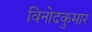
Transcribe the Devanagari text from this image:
विनोदकुमार